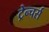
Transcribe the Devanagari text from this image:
ट्रेन्चर्स